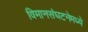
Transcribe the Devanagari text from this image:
विमानसंघटनेमध्ये